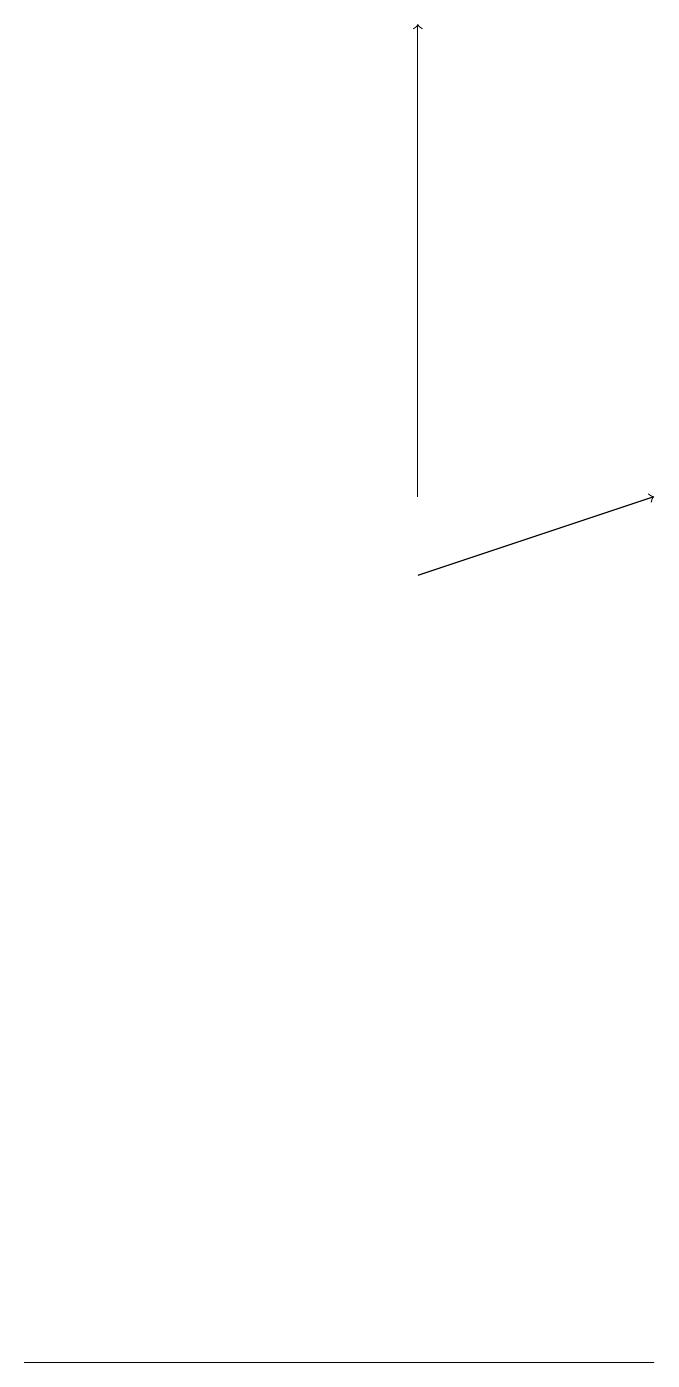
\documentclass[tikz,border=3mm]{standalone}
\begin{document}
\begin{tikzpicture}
\draw[->] (6,11) -- (6,17);
\draw (9,0) -- (1,0) -- (2,0) -- cycle;
\draw[->] (6,10) -- (9,11);
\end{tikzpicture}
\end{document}